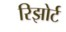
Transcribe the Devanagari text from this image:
रिझोर्ट